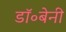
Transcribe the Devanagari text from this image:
डॉ॰बेनी